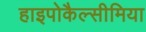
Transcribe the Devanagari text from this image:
हाइपोकैल्सीमिया